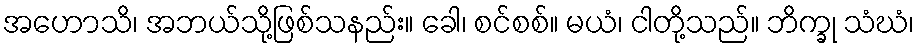
အဟောသိ၊ အဘယ်သို့ဖြစ်သနည်း။ ခေါ၊ စင်စစ်။ မယံ၊ ငါတို့သည်။ ဘိက္ခု သံဃံ၊